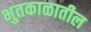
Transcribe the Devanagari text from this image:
भुतकाळातील